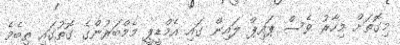
މިގޮތަށް މިހާރު ވެސް ޕައިޕް ލައިން ގައި އެމްޑީޕީ މެމްބަރުންގެ ގޮތުގައި ތިބެމެ